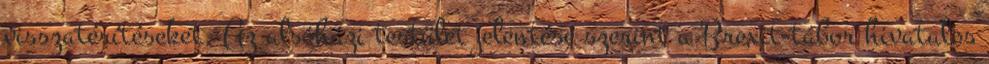
visszatérítéseket. Az alsóházi testület jelentése szerint a Brexit-tábor hivatalos